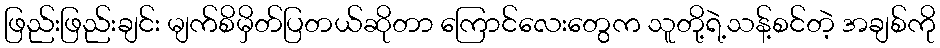
ဖြည်းဖြည်းချင်း မျက်စိမှိတ်ပြတယ်ဆိုတာ ကြောင်လေးတွေက သူတို့ရဲ့သန့်စင်တဲ့ အချစ်ကို